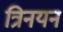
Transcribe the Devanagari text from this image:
त्रिनयन